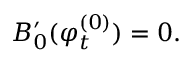
B _ { 0 } ^ { \prime } ( \varphi _ { t } ^ { ( 0 ) } ) = 0 .